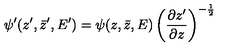
\psi ^ { \prime } ( z ^ { \prime } , \bar { z } ^ { \prime } , E ^ { \prime } ) = \psi ( z , \bar { z } , E ) \left( \frac { \partial z ^ { \prime } } { \partial z } \right) ^ { - \frac { 1 } { 2 } }